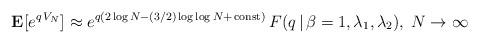
LaTeX: \begin{align*}{\bf E}[e^{q\,V_N}] \approx e^{q(2\log N-(3/2)\log\log N+\,{\rm const})}\,F(q\,|\,\beta=1, \lambda_1,\lambda_2),\;N\rightarrow\infty\end{align*}